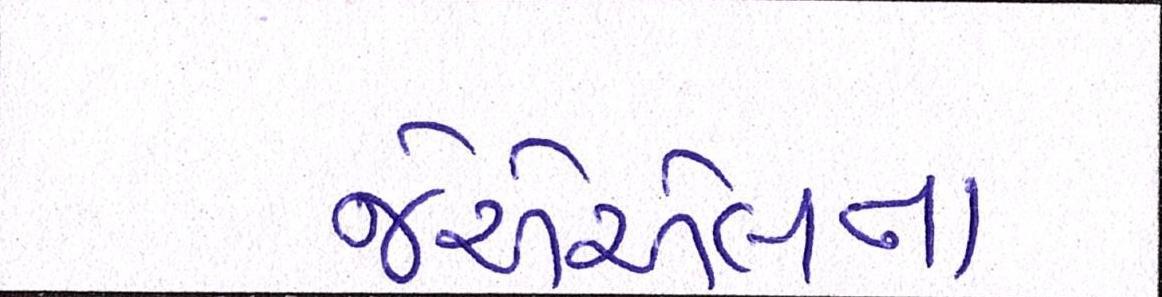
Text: જેએએલના